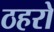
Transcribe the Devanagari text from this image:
ठहरो